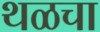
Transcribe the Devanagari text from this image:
थळचा